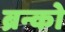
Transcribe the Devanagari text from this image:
ब्रन्को